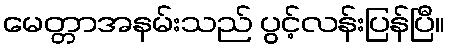
မေတ္တာအနမ်းသည် ပွင့်လန်းပြန်ပြီ။